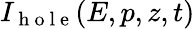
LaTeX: I_{\mathrm{~h~o~l~e~}}(E,p,z,t)